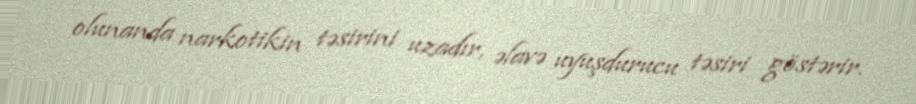
olunanda narkotikin təsirini uzadır, əlavə uyuşdurucu təsiri göstərir.